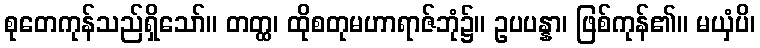
စုတေကုန်သည်ရှိသော်။ တတ္ထ၊ ထိုစတုမဟာရာဇ်ဘုံ၌။ ဥပပန္နာ၊ ဖြစ်ကုန်၏။ မယှံပိ၊